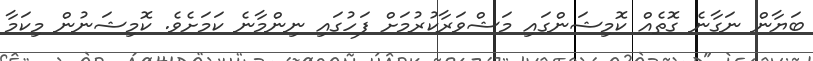
ބަޔާން ނަގާނެ ގޮތެއް ކޮމިޝަންގައި މަޝްވަރާކުރުމަށް ފަހުގައި ނިންމާނެ ކަމަށެވެ. ކޮމިޝަނުން މިކަމާ